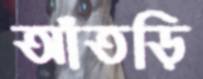
আঁতড়ি